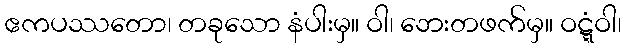
ဧကပဿတော၊ တခုသော နံပါးမှ။ ဝါ၊ ဘေးတဖက်မှ။ ဝဋ္ဋံဝါ၊